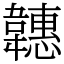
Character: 韢